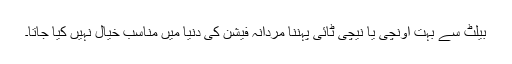
بیلٹ سے بہت اونچی یا نیچی ٹائی پہننا مردانہ فیشن کی دنیا میں مناسب خیال نہیں کیا جاتا۔